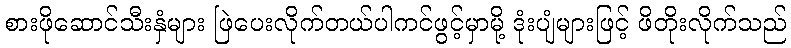
စားဖိုဆောင်သီးနှံများ ဖြဲပေးလိုက်တယ်ပါကင်ဖွင့်မှာမို့ ဒုံးပျံများဖြင့် ဖိတိုးလိုက်သည်